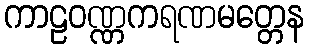
ကာဠဝဏ္ဏကရဏမတ္တေန